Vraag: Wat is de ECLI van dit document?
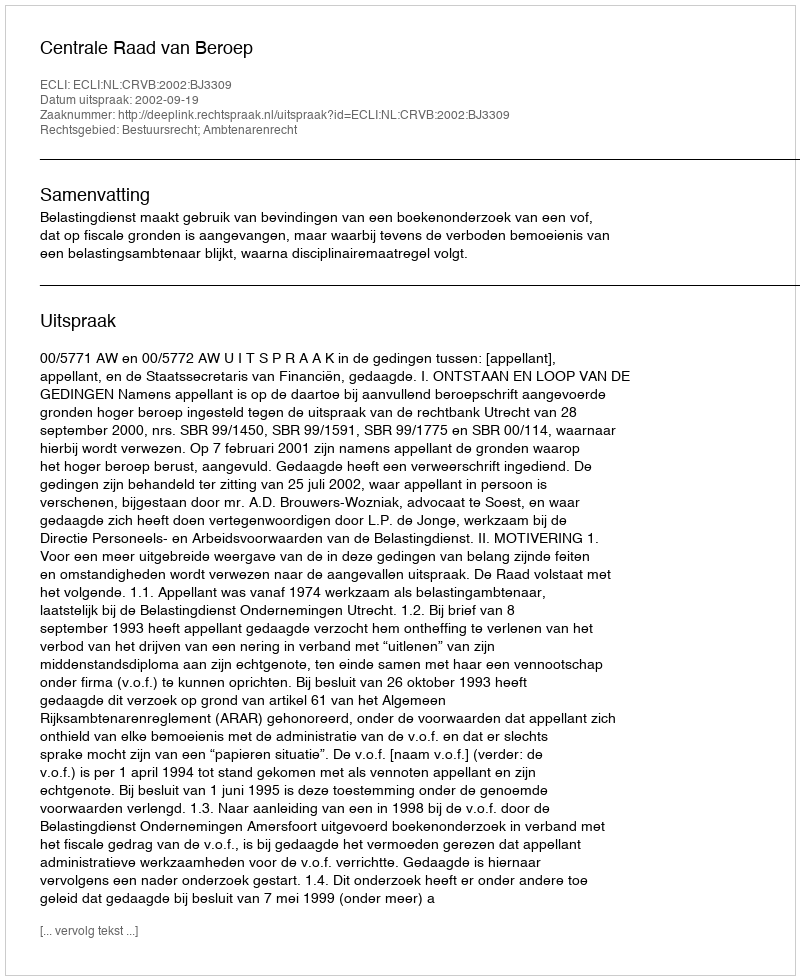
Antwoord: ECLI:NL:CRVB:2002:BJ3309